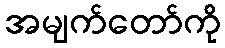
အမျက်တော်ကို